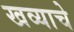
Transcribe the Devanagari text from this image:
खव्याचे